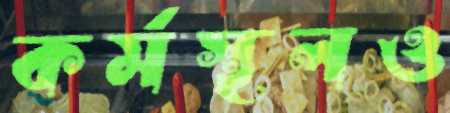
কর্মস্থলও